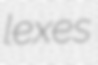
lexes